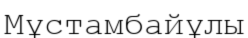
Мұстамбайұлы